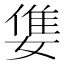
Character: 𡠓